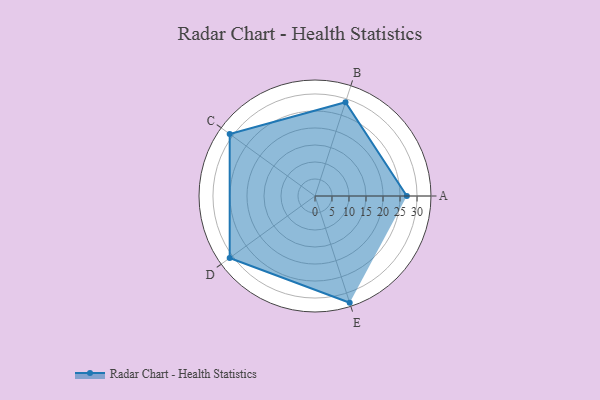
{"axis": {"x": "Skill", "y": "Score"}, "legend": ["Profile"], "data": [{"x": "A", "y": 27.0, "type": "Profile"}, {"x": "B", "y": 29.0, "type": "Profile"}, {"x": "C", "y": 31.0, "type": "Profile"}, {"x": "D", "y": 31.0, "type": "Profile"}, {"x": "E", "y": 33.0, "type": "Profile"}]}